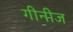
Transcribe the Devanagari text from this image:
गीनीज